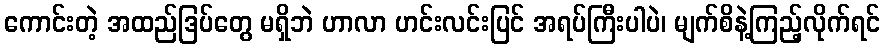
ကောင်းတဲ့ အထည်ဒြပ်တွေ မရှိဘဲ ဟာလာ ဟင်းလင်းပြင် အရပ်ကြီးပါပဲ၊ မျက်စိနဲ့ကြည့်လိုက်ရင်